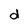
Character: d